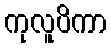
ကုလူပိကာ